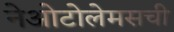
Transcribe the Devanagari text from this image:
नेओटोलेमसची